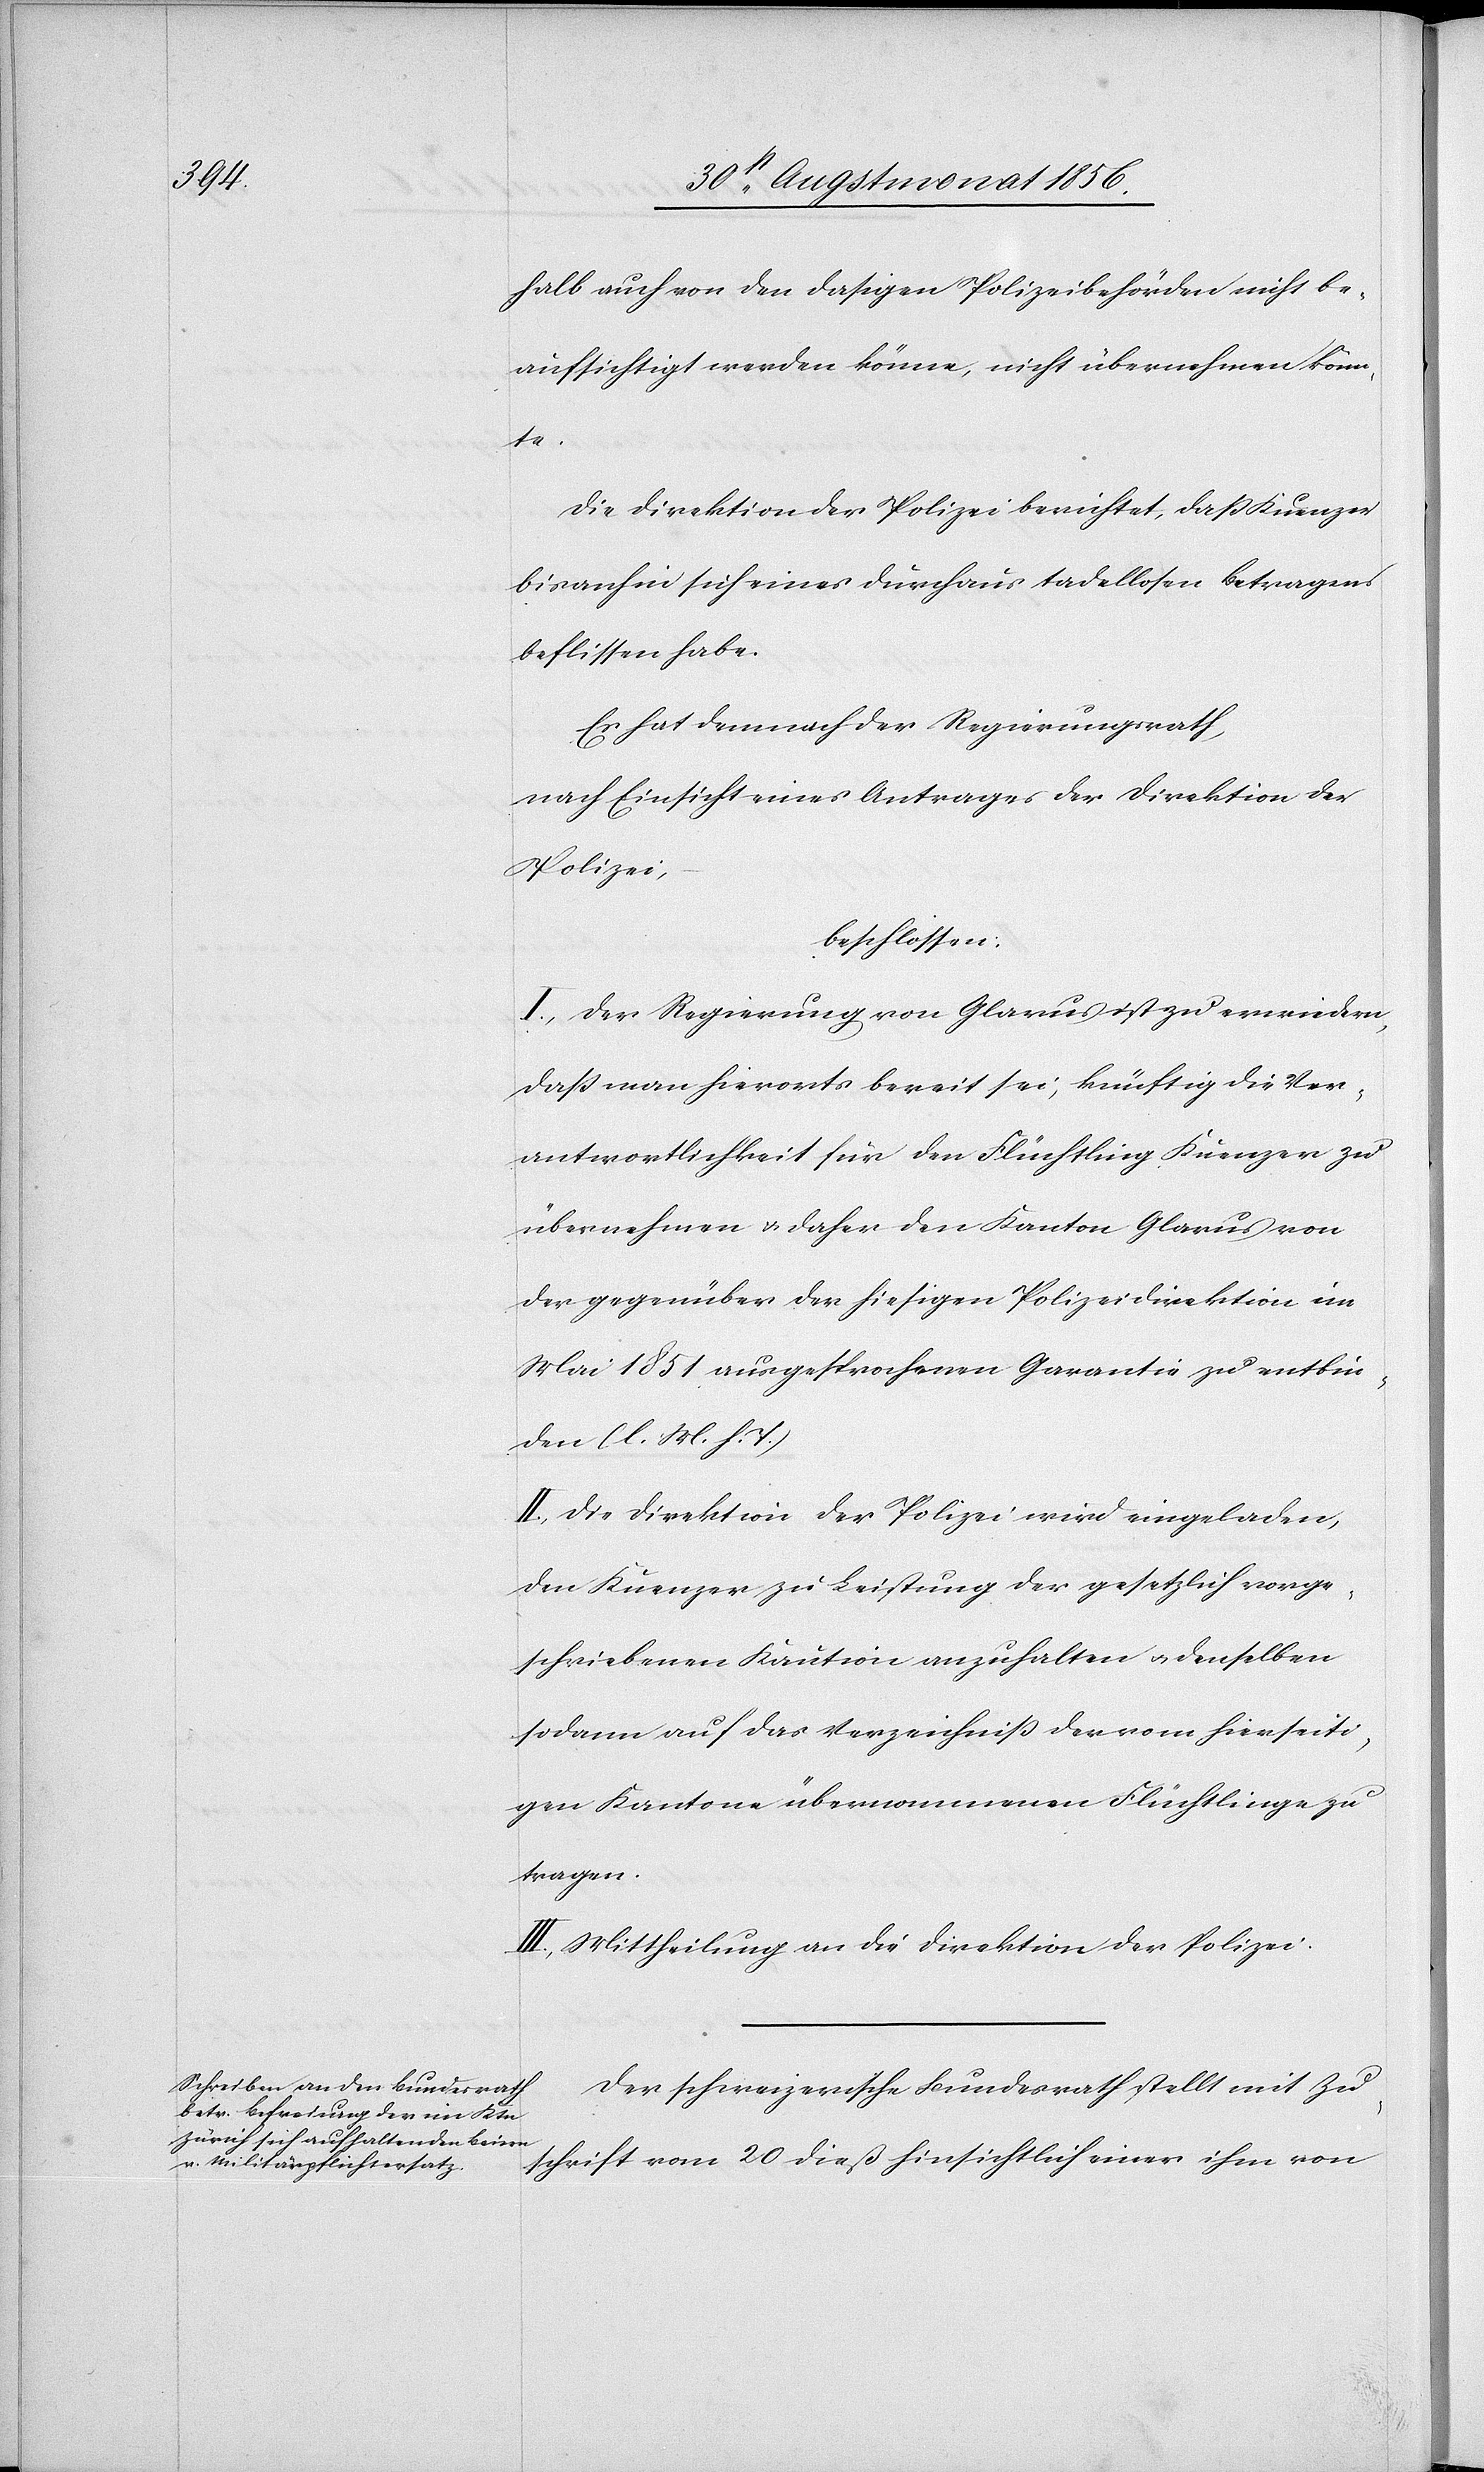
halb auch von den dasigen Polizeibehörden nicht be¬
aufsichtigt werden könne, nicht übernehmen könn¬
te.
Die Direktion der Polizei berichtet, dass Kuenzer
bisanhin sich eines durchaus tadellosen Betragens
beflissen habe.
Es hat demnach der Regierungsrath,
nach Einsicht eines Antrages der Direktion der
Polizei,
beschlossen:
I.) Der Regierung von Glarus ist zu erwiedern,
dass man hierorts bereit sei, künftig die Ver¬
antwortlichkeit für den Flüchtling Kuenzer zu
übernehmen u. daher den Kanton Glarus von
der gegenüber der hiesigen Polizeidirektion im
Mai 1851 ausgesprochenen Garantie zu entbin¬
den (l. M. h. T.)
II.) Die Direktion der Polizei wird eingeladen
den Kuenzer zu Leistung der gesetzlich vorge¬
schriebenen Kaution anzuhalten u. denselben
sodann auf das Verzeichniss der vom hierseiti¬
gen Kantone übernommenen Flüchtlinge zu
tragen.
II.) Mittheilung an die Direktion der Polizei.
Der schweizerische Bundesrath stellt mit Zu¬
schrift vom 20 dieß hinsichtlich einer ihm von